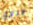
دودي